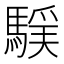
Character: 𩤻